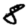
Digit: 8